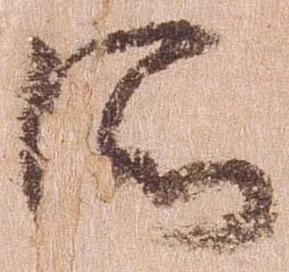
所